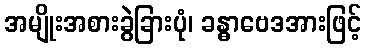
အမျိုးအစားခွဲခြားပုံ၊ ခန္ဓာဗေဒအားဖြင့်